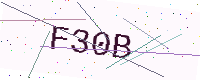
Text: F30B